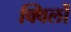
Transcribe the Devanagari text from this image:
क्विलों